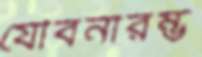
যৌবনারম্ভ